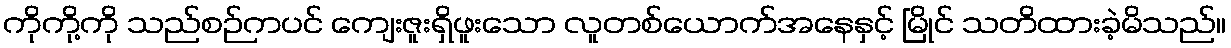
ကိုကို့ကို သည်စဉ်ကပင် ကျေးဇူးရှိဖူးသော လူတစ်ယောက်အနေနှင့် မြိုင် သတိထားခဲ့မိသည်။